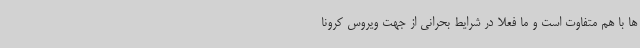
ها با هم متفاوت است و ما فعلاً در شرایط بحرانی از جهت ویروس کرونا